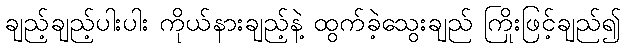
ချည့်ချည့်ပါးပါး ကိုယ်နားချည့်နဲ့ ထွက်ခဲ့သွေးချည် ကြိုးဖြင့်ချည်၍